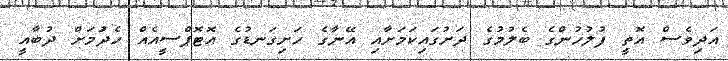
އަދިވެސް އޮތީ ފުލުހުންގެ ބެލުމުގެ ދަށުގައިކަމަށާއި އޭނާގެ ހަށިގަނޑުގެ އޮޓޮޕްސީއެއް ހެދުަމަށް ދުބާއީ